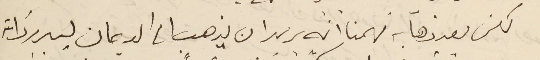
لكن بعد ذهابه فهمنا انه يريد ان يذهب الى الديمان ليبرر ذاته